Indian journal of veterinary science and animal husbandry - Volume 12,
Year: 1942
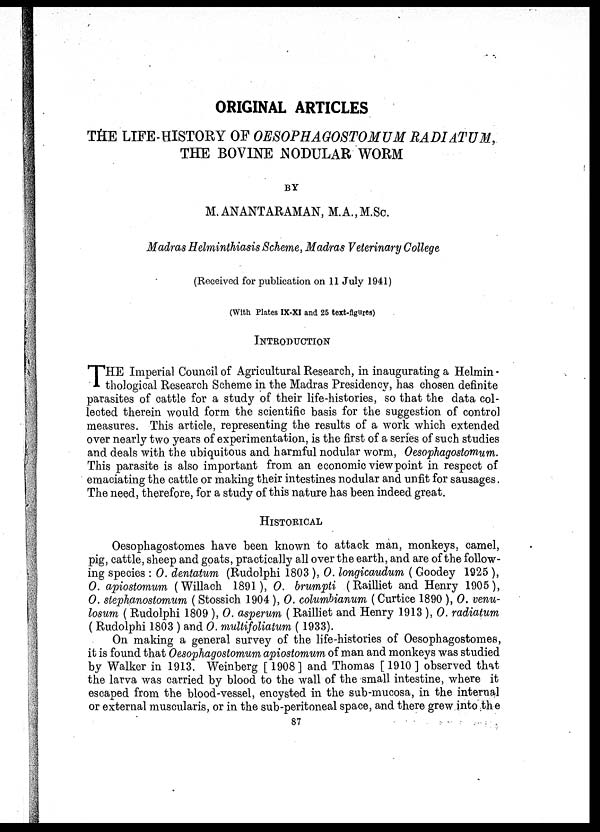
ORIGINAL ARTICLES
THE LIFE-HISTORY OF OESOPHAGOSTOMUM RADIATUM,
THE BOVINE NODULAR WORM
BY
M. ANANTARAMAN, M.A., M.Sc.
Madras Helminthiasis Scheme, Madras Veterinary College
(Received for publication on 11 July 1941)
(With Plates IX-XI and 25 text-figures)
INTRODUCTION
T HE Imperial Council of Agricultural Research, in inaugurating a Helmin¬
thological Research Scheme in the Madras Presidency, has chosen definite
parasites of cattle for a study of their life-histories, so that the data col-
lected therein would form the scientific basis for the suggestion of control
measures. This article, representing the results of a work which extended
over nearly two years of experimentation, is the first of a series of such studies
and deals with the ubiquitous and harmful nodular worm, Oesophagostomum.
This parasite is also important from an economic viewpoint in respect of
emaciating the cattle or making their intestines nodular and unfit for sausages.
The need, therefore, for a study of this nature has been indeed great.
HISTORICAL
Oesophagostomes have been known to attack man, monkeys, camel,
pig, cattle, sheep and goats, practically all over the earth, and are of the follow-
ing species : O. dentatum (Rudolphi 1803 ), O. longicaudum ( Goodey 1925 ),
O. apiostomum (Willach 1891), O. brumpti (Railliet and Henry 1905),
O. stephanostomum ( Stossich 1904), O. columbianum (Curtice 1890 ), 0. venu¬
losum ( Rudolphi 1809 ), O. asperum ( Railliet and Henry 1913 ), O. radiatum
( Rudolphi 1803 ) and O. multifoliatum ( 1933).
On making a general survey of the life-histories of Oesophagostomes,
it is found that Oesophagostomum apiostomum of man and monkeys was studied
by Walker in 1913. Weinberg [ 1908] and Thomas [ 1910 ] observed that
the larva was carried by blood to the wall of the small intestine, where it
escaped from the blood-vessel, encysted in the sub-mucosa, in the internal
or external muscularis, or in the sub-peritoneal space, and there grew into the
87